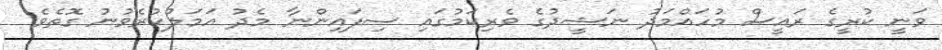
ވަނީ ކުރީގެ ރައީސް މުހައްމަދު ނަޝީދުގެ ވެރިކަމުގައި ސިފައިންނާ މެދު އަމަލުކުރެވުނު ގޮތެވެ.